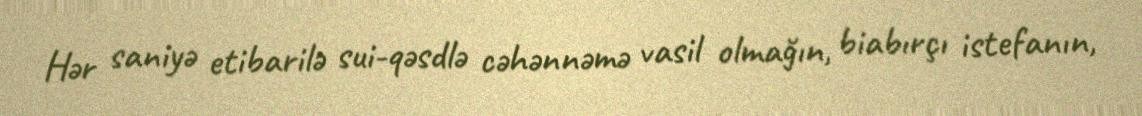
Hər saniyə etibarilə sui-qəsdlə cəhənnəmə vasil olmağın, biabırçı istefanın,